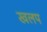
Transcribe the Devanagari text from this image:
खलप